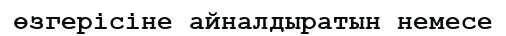
өзгерісіне айналдыратын немесе